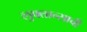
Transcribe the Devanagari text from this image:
लुफ्तान्साची